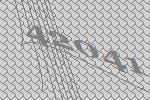
42041